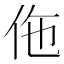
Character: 𬽲